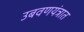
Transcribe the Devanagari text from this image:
उबवणयंत्रात